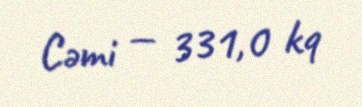
Cəmi — 331,0 kq